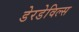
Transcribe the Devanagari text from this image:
डेरडेविल्स